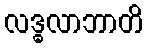
လဒ္ဓလာဘာတိ